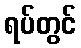
ရပ်တွင်